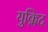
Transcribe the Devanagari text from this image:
युक्लिद